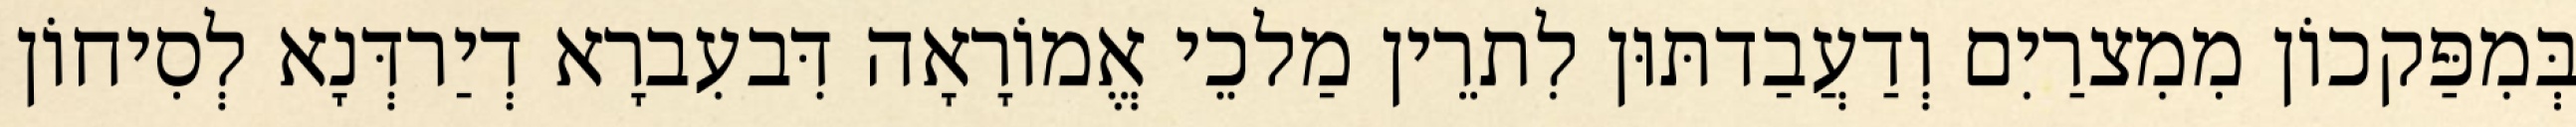
בְּמִפַּקכוֹן מִמִצרַיִם וְדַעֲבַדתּוּן לִתרֵין מַלכֵי אֱמוֹרָאָה דִּבעִברָא דְיַרדְּנָא לְסִיחוֹן